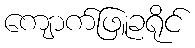
ကျောက်ဖြူခရိုင်